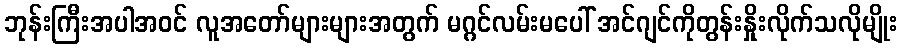
ဘုန်းကြီးအပါအဝင် လူအတော်များများအတွက် မဂ္ဂင်လမ်းမပေါ် အင်ဂျင်ကိုတွန်းနှိုးလိုက်သလိုမျိုး